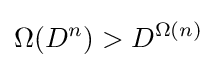
\Omega (D^{n})>D^{\Omega (n)}